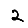
Digit: 2